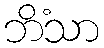
ဘိံသာ